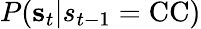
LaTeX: P(\mathbf{s}_{t}|s_{t-1}=\mathrm{CC})